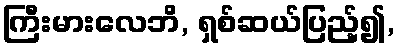
ကြီးမားလေဘိ, ရှစ်ဆယ်ပြည့်၍,